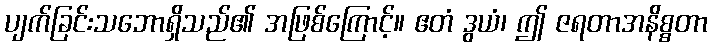
ပျက်ခြင်းသဘောရှိသည်၏ အဖြစ်ကြောင့်။ ဧတံ ဒွယံ၊ ဤ ဇရတာအနိစ္စတာ